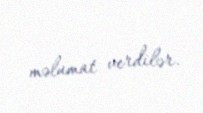
məlumat verdilər.